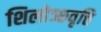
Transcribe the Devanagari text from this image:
शिलोञ्छवृत्ति